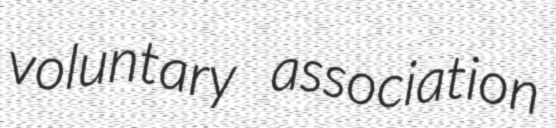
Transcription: voluntary association